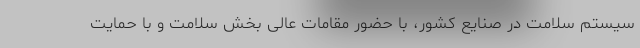
سیستم سلامت در صنایع کشور، با حضور مقامات عالی بخش سلامت و با حمایت